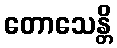
တောသေန္တိ